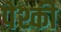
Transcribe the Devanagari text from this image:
पेश्की